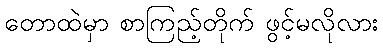
တောထဲမှာ စာကြည့်တိုက် ဖွင့်မလိုလား